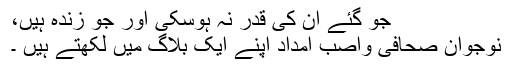
جو گئے ان کی قدر نہ ہوسکی اور جو زندہ ہیں،
نوجوان صحافی واصب امداد اپنے ایک بلاگ میں لکھتے ہیں ۔